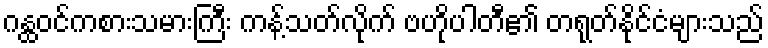
ဂန္ထဝင်ကစားသမားကြီး ကန့်သတ်လိုက် ဗဟိုပါတီ၏ တရုတ်နိုင်ငံများသည်